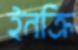
ইনক্রি